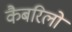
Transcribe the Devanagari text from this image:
कैबरिलो